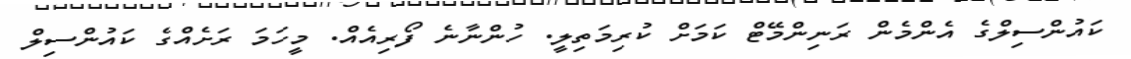
ކައުންސިލްގެ އެންމެން ރަނިންމޭޓް ކަމަށް ކުރިމަތިލީ. ހުންނާނެ ފޯރިއެއް. މީހަމަ ރަށެއްގެ ކައުންސިލް